Medical and sanitary report of the native army of Madras for the year
Year: 1878
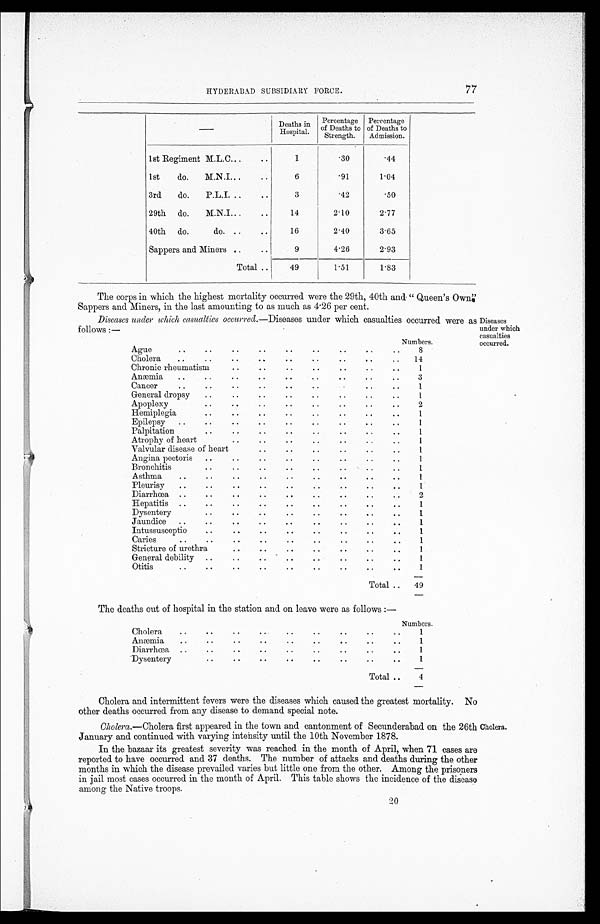
The corps in which the highest mortality occurred were the 29th, 40th and "Queen's Own"
Sappers and Miners, in the last amounting to as much as 4.26 per cent.
Diseases under which casualties occurred. —Diseases under which casualties occurred were as
fellows :—
HYDERABAD SUBSIDIARY FORCE.
77
—
Deaths in
Hospital.
Percentage
of Deaths to
Strength.
Percentage
of Deaths to
Admission.
1st Regiment M.L.C...
..
1
.30
.44
1st
do. M.N.I...
. .
6
.91
1.04
3rd do.
P.L.I. ..
. .
3
.42
.50
29th do.
M.N.I...
. .
14
2.10
2.77
40th do.
do. ..
..
16
2.40
3.65
Sappers and Miners ..
..
9
4.26
2.93
Total ..
49
1.51
1.83
Diseases
under which
casualties
occurred.
Numbers.
Ague
..
..
..
..
..
..
..
. . ..
8
Cholera
..
..
..
..
..
..
..
..
. . 14
Chronic rheumatism
..
..
. .
. .
..
..
. .
1
Anæmia ..
..
..
..
. .
. .
. .
. .
. .
3
Cancer
..
..
..
..
. .
. .
. . ..
..
1
General dropsy ..
. .
. .
. .
..
. .
..
..
1
Apoplexy
. .
. .
. .
. .
..
..
..
..
2
Hemiplegia
. .
. .
. .
. .
..
. .
..
. .
1
Epilepsy ..
..
..
..
. . ..
..
..
..
1
Palpitation
. .
. .
. .
. .
. . ..
..
..
1
Atrophy of heart
. .
. .
. .
. .
..
. . ..
..
1
Valvular disease of heart
..
..
..
..
..
..
1
Angina pectoris ..
..
..
. .
. .
..
..
..
1
Bronchitis
..
. .
..
..
..
..
..
..
1
Asthma
..
..
..
..
. .
..
..
..
..
1
Pleurisy ..
. .
. .
. .
..
. .
..
..
..
1
Diarrhœa ..
..
. .
. .
. .
. .
. .
. .
. .
2
Hepatitis ..
. .
. .
. .
. .
. .
. . ..
..
1
Dysentery
. .
. .
. .
. .
. .
. .
..
..
1
Jaundice ..
..
. .
. .
. .
. .
. .
..
. .
1
Intussusceptio
. .
. .
. .
. .
. .
. .
. .
. .
1
Caries
..
..
. .
. .
. .
..
..
. . ..
1
Stricture of urethra
..
..
..
..
. .
. .
. .
1
General debility ..
. . ..
..
. .
..
..
. .
1
Otitis
..
..
..
..
..
..
..
..
..
1
Total .. 49
The deaths out of hospital in the station and on leave were as follows :—
Numbers.
Cholera
. .
. .
. . ..
..
..
..
. .
. .
1
Anæmia ..
. .
..
..
..
..
..
. .
. .
1
Diarrhœa
. . ..
..
..
. .
..
..
..
. .
1
Dysentery
. . ..
..
..
..
..
. . ..
..
1
Total ..
4
Cholera and intermittent fevers were the diseases which caused the greatest mortality. No
other deaths occurred from any disease to demand special note.
Cholera. —Cholera first appeared in the town and cantonment of Secunderabad on the 26th
January and continued with varying intensity until the 10th November 1878.
In the bazaar its greatest severity was reached in the month of April, when 71 cases are
reported to have occurred and 37 deaths. The number of attacks and deaths during the other
months in which the disease prevailed varies but little one from the other. Among the prisoners
in jail most cases occurred in the month of April. This table shows the incidence of the disease
among the Native troops.
2 0
Cholera.